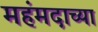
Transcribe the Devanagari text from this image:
महंमदाच्या